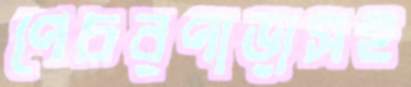
পেচরপাড়াসহ